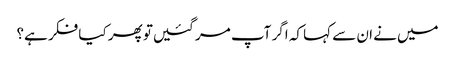
میں‌نے ان سے کہا کہ اگر آپ مر گئیں‌تو پھر کیا فکر ہے؟